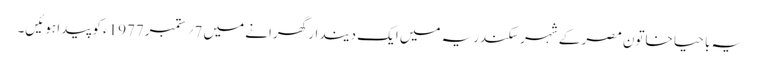
یہ با حیا خاتون مصر کے شہر سکندریہ میں ایک دیندار گھرانے میں 7؍ ستمبر1977ء کو پیدا ہوئیں۔